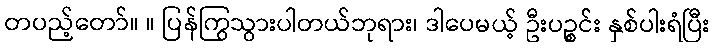
တပည့်တော်။ ။ ပြန်ကြွသွားပါတယ်ဘုရား၊ ဒါပေမယ့် ဦးပဉ္စင်း နှစ်ပါးရံပြီး